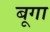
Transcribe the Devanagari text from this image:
बूगा